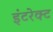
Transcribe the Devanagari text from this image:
इंटरेक्ट